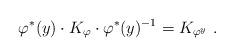
LaTeX: \begin{align*}\varphi^\ast(y)\cdot K_\varphi\cdot \varphi^\ast(y)^{-1}= K_{\varphi^y}\ .\end{align*}